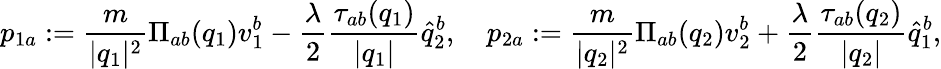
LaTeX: p_{1a}:=\frac{m}{\vert q_{1}\vert^{2}}\Pi_{ab}(q_{1})v_{1}^{b}-\frac{\lambda}{2}\frac{\tau_{ab}(q_{1})}{\vert q_{1}\vert}\widehat{q}_{2}^{b},\quad p_{2a}:=\frac{m}{\vert q_{2}\vert^{2}}\Pi_{ab}(q_{2})v_{2}^{b}+\frac{\lambda}{2}\frac{\tau_{ab}(q_{2})}{\vert q_{2}\vert}\widehat{q}_{1}^{b},